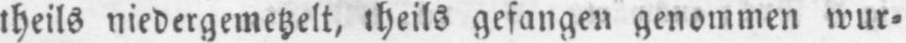
theils niedergemetzelt, theils gefangen genommen wur⸗